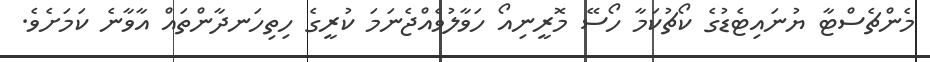
މެންޗެސްޓާ ޔުނައިޓެޑުގެ ކޯޗުކަމާ ހޯސޭ މޮރީނިއޯ ހަވާލުވެއްޖެނަމަ ކުރީގެ ހިތިހަނދާންތައް އާވާނެ ކަމަށެވެ.